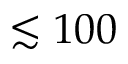
\lesssim 1 0 0